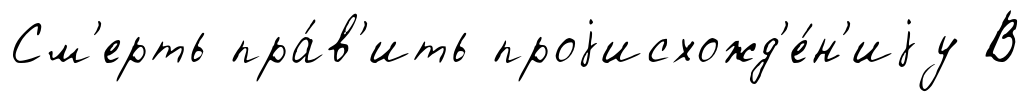
См'ерть пра́в'ить проjисхожд'е́н'иjу В